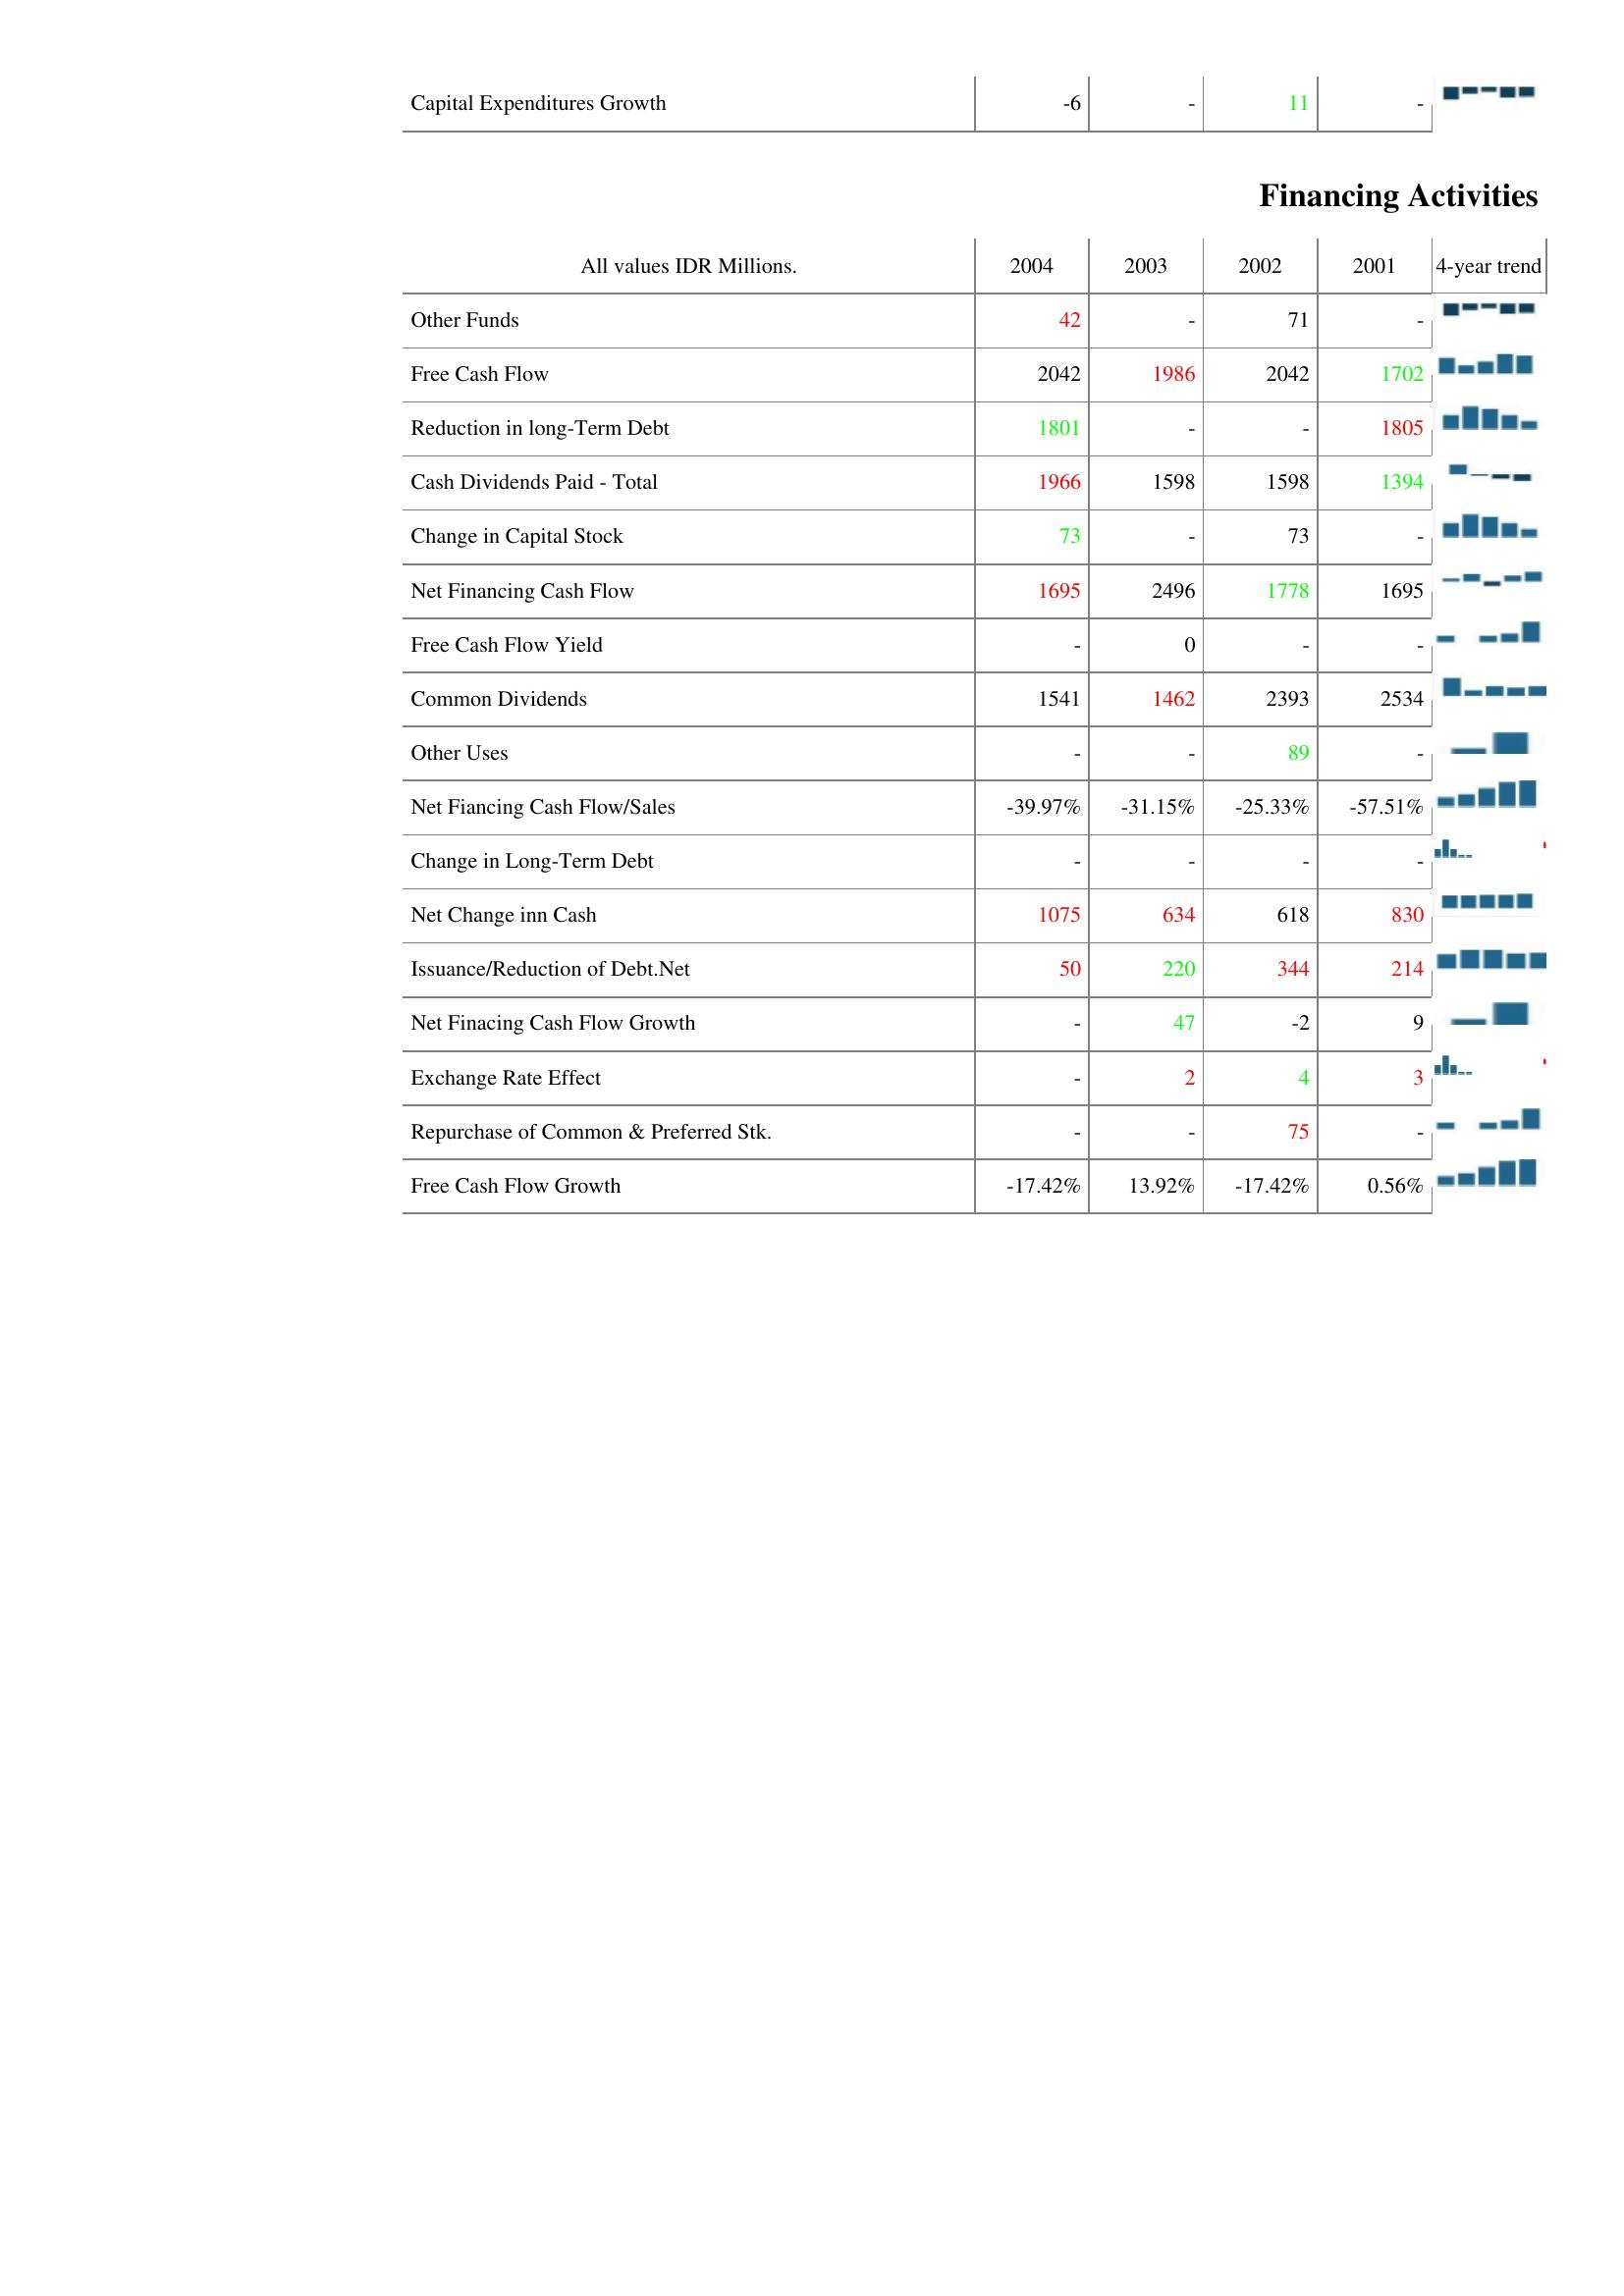
2004: Investing Activities: Capital Expenditures Growth: -6
Financing Activities: Other Funds: 42
Free Cash Flow: 2042
Reduction in long-Term Debt: 1801
Cash Dividends Paid - Total: 1966
Change in Capital Stock: 73
Net Financing Cash Flow: 1695
Free Cash Flow Yield: -
Common Dividends: 1541
Other Uses: -
Net Fiancing Cash Flow/Sales: -39.97%
Change in Long-Term Debt: -
Net Change inn Cash: 1075
Issuance/Reduction of Debt.Net: 50
Net Finacing Cash Flow Growth: -
Exchange Rate Effect: -
Repurchase of Common & Preferred Stk.: -
Free Cash Flow Growth: -17.42%
2003: Investing Activities: Capital Expenditures Growth: -
Financing Activities: Other Funds: -
Free Cash Flow: 1986
Reduction in long-Term Debt: -
Cash Dividends Paid - Total: 1598
Change in Capital Stock: -
Net Financing Cash Flow: 2496
Free Cash Flow Yield: 0
Common Dividends: 1462
Other Uses: -
Net Fiancing Cash Flow/Sales: -31.15%
Change in Long-Term Debt: -
Net Change inn Cash: 634
Issuance/Reduction of Debt.Net: 220
Net Finacing Cash Flow Growth: 47
Exchange Rate Effect: 2
Repurchase of Common & Preferred Stk.: -
Free Cash Flow Growth: 13.92%
2002: Investing Activities: Capital Expenditures Growth: 11
Financing Activities: Other Funds: 71
Free Cash Flow: 2042
Reduction in long-Term Debt: -
Cash Dividends Paid - Total: 1598
Change in Capital Stock: 73
Net Financing Cash Flow: 1778
Free Cash Flow Yield: -
Common Dividends: 2393
Other Uses: 89
Net Fiancing Cash Flow/Sales: -25.33%
Change in Long-Term Debt: -
Net Change inn Cash: 618
Issuance/Reduction of Debt.Net: 344
Net Finacing Cash Flow Growth: -2
Exchange Rate Effect: 4
Repurchase of Common & Preferred Stk.: 75
Free Cash Flow Growth: -17.42%
2001: Investing Activities: Capital Expenditures Growth: -
Financing Activities: Other Funds: -
Free Cash Flow: 1702
Reduction in long-Term Debt: 1805
Cash Dividends Paid - Total: 1394
Change in Capital Stock: -
Net Financing Cash Flow: 1695
Free Cash Flow Yield: -
Common Dividends: 2534
Other Uses: -
Net Fiancing Cash Flow/Sales: -57.51%
Change in Long-Term Debt: -
Net Change inn Cash: 830
Issuance/Reduction of Debt.Net: 214
Net Finacing Cash Flow Growth: 9
Exchange Rate Effect: 3
Repurchase of Common & Preferred Stk.: -
Free Cash Flow Growth: 0.56%